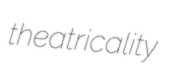
theatricality